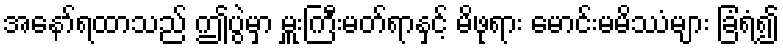
အနော်ရထာသည် ဤပွဲမှာ မှူးကြီးမတ်ရာနှင့် မိဖုရား မောင်းမမိဿံများ ခြံရံ၍